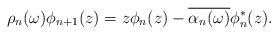
LaTeX: \begin{align*}\rho_n(\omega) \phi_{n+1}(z) = z \phi_n(z) - \overline{\alpha_n(\omega)} \phi_n^*(z).\end{align*}